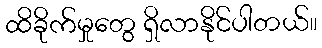
ထိခိုက်မှုတွေ ရှိလာနိုင်ပါတယ်။